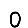
Digit: 0